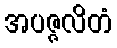
အပဇ္ဇလိတံ